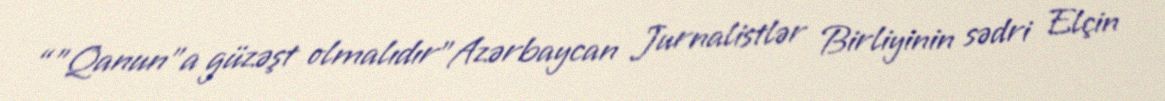
“”Qanun”a güzəşt olmalıdır"Azərbaycan Jurnalistlər Birliyinin sədri Elçin